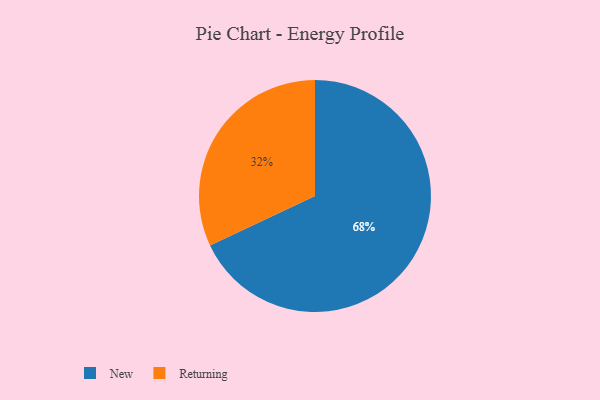
{"axis": {"x": "Category", "y": "Percentage"}, "legend": ["New", "Returning"], "data": [{"x": "New", "y": 68, "type": "New"}, {"x": "Returning", "y": 32, "type": "Returning"}]}